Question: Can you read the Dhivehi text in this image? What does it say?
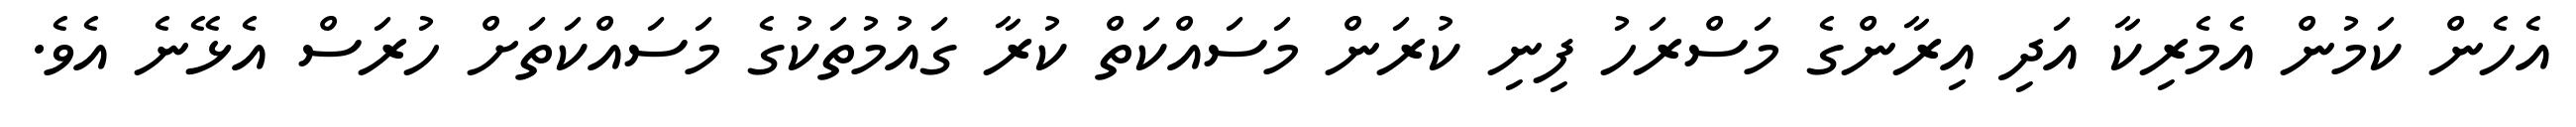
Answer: އެހެން ކަމުން އެމެރިކާ އަދި އިރާންގެ މަސްރަހު ފިނި ކުރަން މަސައްކަތް ކުރާ ގައުމުތަކުގެ މަސައްކަތަށް ހުރަސް އެޅޭނެ އެވެ.